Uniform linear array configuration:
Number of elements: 8
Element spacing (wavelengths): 1
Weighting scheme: hann
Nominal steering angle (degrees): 0
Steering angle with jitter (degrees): -0.7042
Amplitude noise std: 0.05
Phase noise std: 0.05

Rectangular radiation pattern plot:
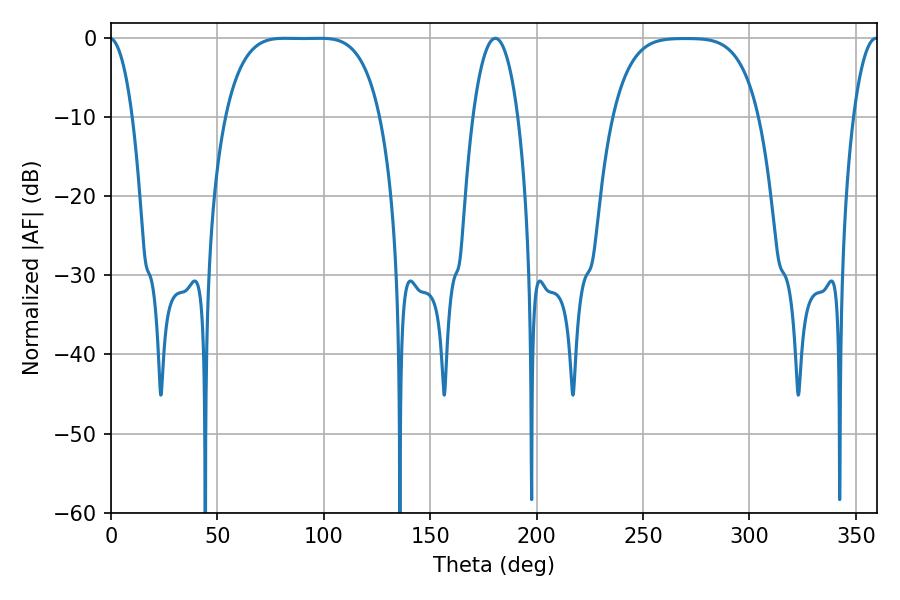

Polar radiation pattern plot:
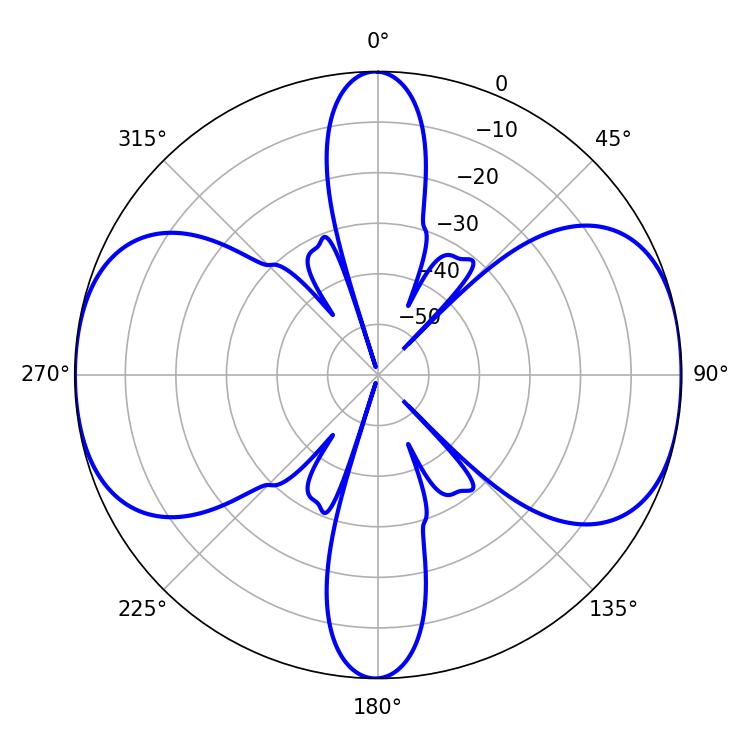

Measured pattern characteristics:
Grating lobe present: TRUE
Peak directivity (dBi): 13.556
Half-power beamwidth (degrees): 55.44
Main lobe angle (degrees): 81.72